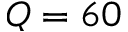
Q = 6 0